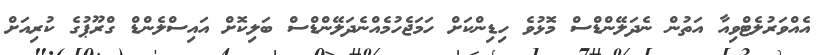
އެއްވަރުލެޓްވިއާ އަތުން ނެދަލޭންޑްސް މޮޅުވެ ހިޑިންކަށް ހަމަޖެހުމެއްނެދަލޭންޑްސް ބަލިކޮށް އައިސްލެންޑް ގްރޫޕުގެ ކުރިއަށް